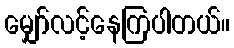
မျှော်လင့်နေကြပါတယ်။